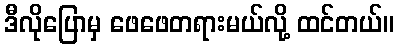
ဒီလိုပြောမှ ဖေဖေတရားမယ်လို့ ထင်တယ်။